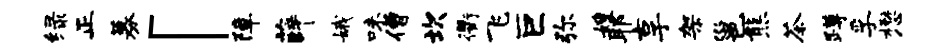
绿正募「障薛娥味僧坎衢飞巨弥嫂耶享架邕熊茶蹲孚懋